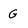
Character: G